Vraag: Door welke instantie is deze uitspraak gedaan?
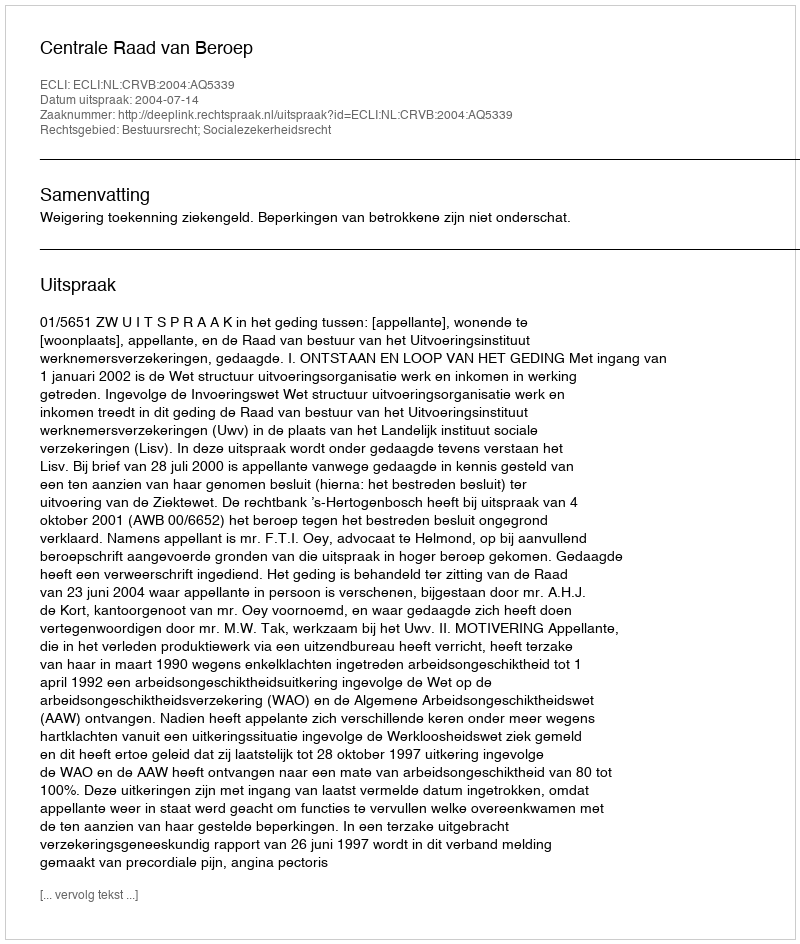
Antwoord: Centrale Raad van Beroep